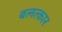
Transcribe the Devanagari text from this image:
बलत्कार